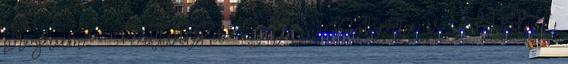
program -- Kattints a Betclic Pokerre és indítsd el